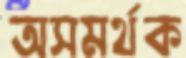
অসমর্থক